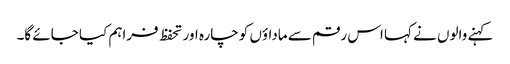
کہنے والوں نے کہا اس رقم سے ماداؤں کو چارہ اور تحفظ فراہم کیا جائے گا۔